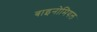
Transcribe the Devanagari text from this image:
बाइनोमियल